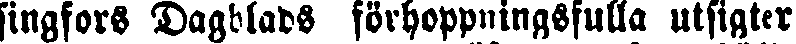
singfors Dagblads förhoppningsfulla utsigter